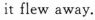
it flew away.